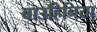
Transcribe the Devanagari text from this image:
बाउहिनिया